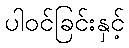
ပါဝင်ခြင်းနှင့်